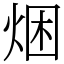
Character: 焑